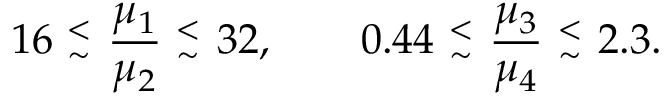
1 6 ~ { ^ < _ { \sim } } ~ { \frac { \mu _ { 1 } } { \mu _ { 2 } } } ~ { ^ < _ { \sim } } ~ 3 2 , \qquad 0 . 4 4 ~ { ^ < _ { \sim } } ~ { \frac { \mu _ { 3 } } { \mu _ { 4 } } } ~ { ^ < _ { \sim } } ~ 2 . 3 .